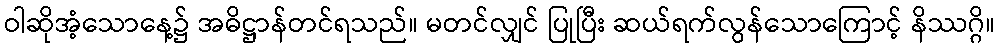
ဝါဆိုအံ့သောနေ့၌ အဓိဋ္ဌာန်တင်ရသည်။ မတင်လျှင် ပြုပြီး ဆယ်ရက်လွန်သောကြောင့် နိဿဂ္ဂိ။